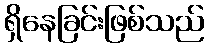
ရှိနေခြင်းဖြစ်သည်